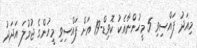
މިއަދު ފައްސިވި 5 މީހުންނާއެކު ކޮވިޑް-19 އަށް ފައްސިވި މީހުންގެ ޖުމުލަ އަދަދު